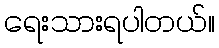
ရေးသားရပါတယ်။